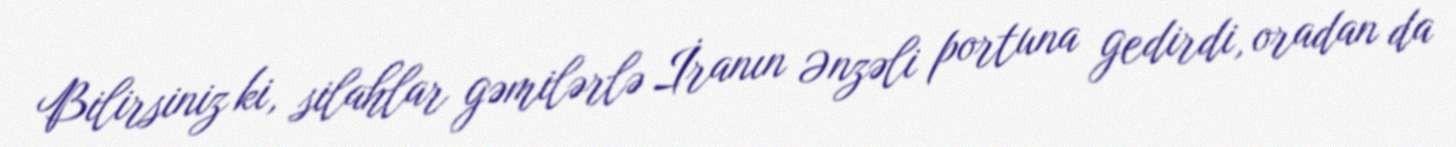
Bilirsiniz ki, silahlar gəmilərlə İranın Ənzəli portuna gedirdi, oradan da